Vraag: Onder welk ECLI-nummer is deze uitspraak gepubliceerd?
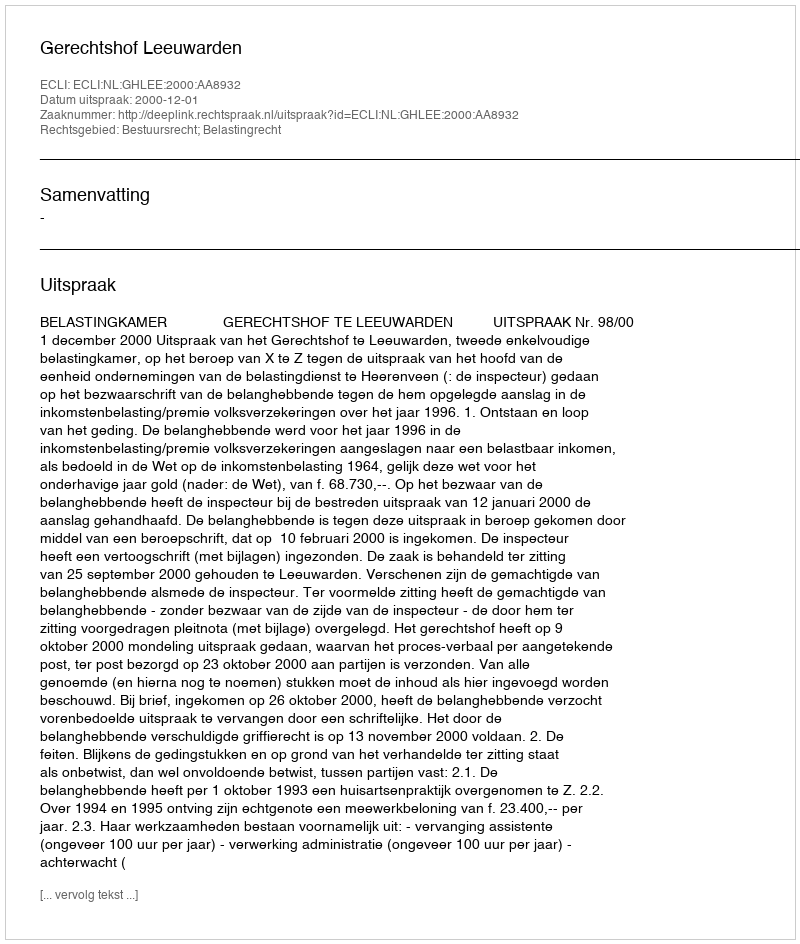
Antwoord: ECLI:NL:GHLEE:2000:AA8932